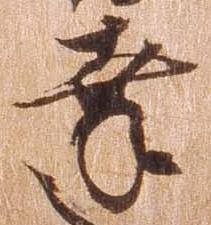
幸